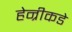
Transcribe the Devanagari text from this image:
हेन्रीकडे